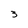
Character: 3